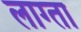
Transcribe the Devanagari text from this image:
लाग्ता